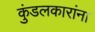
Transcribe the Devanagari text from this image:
कुंडलकारांना